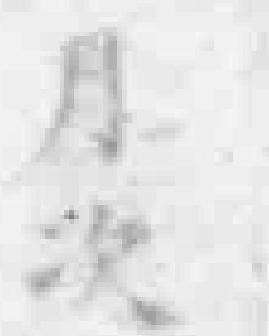
月次